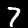
Label: 7